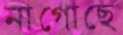
নাগোছে